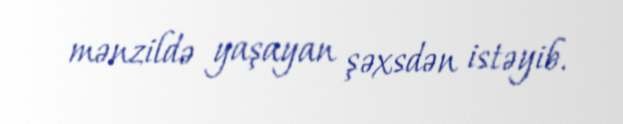
mənzildə yaşayan şəxsdən istəyib.